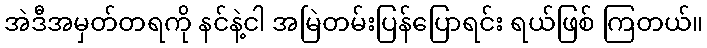
အဲဒီအမှတ်တရကို နင်နဲ့ငါ အမြဲတမ်းပြန်ပြောရင်း ရယ်ဖြစ် ကြတယ်။